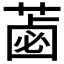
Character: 𦷕